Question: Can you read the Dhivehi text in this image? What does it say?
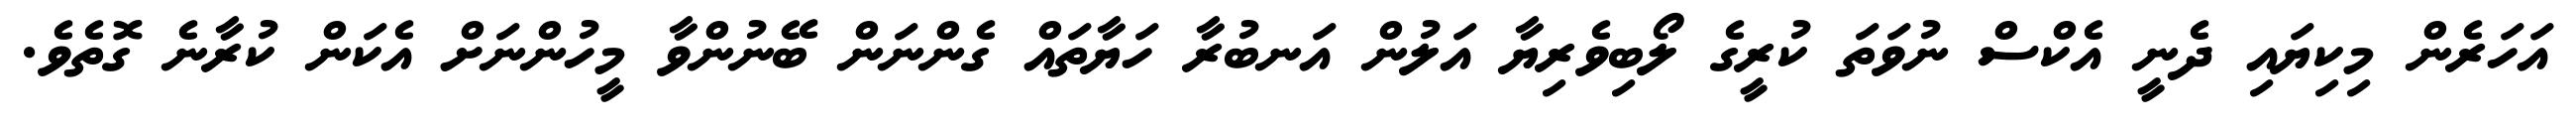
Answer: އަހަރެން މިކިޔައި ދެނީ އެކްސް ނުވަތަ ކުރީގެ ލޯބިވެރިޔާ އަލުން އަނބުރާ ހަޔާތައް ގެންނަން ބޭނުންވާ މީހުންނަށް އެކަން ކުރާނެ ގޮތެވެ.